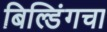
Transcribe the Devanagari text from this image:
बिल्डिंगचा